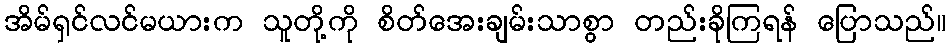
အိမ်ရှင်လင်မယားက သူတို့ကို စိတ်အေးချမ်းသာစွာ တည်းခိုကြရန် ပြောသည်။